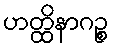
ဟတ္ထိနာဂဉ္စ